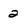
Character: 2